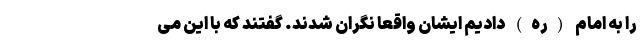
را به امام (ره) دادیم ایشان واقعا نگران شدند. گفتند که با این می‌